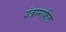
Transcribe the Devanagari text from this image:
यंत्रामार्फत